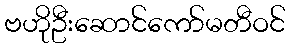
ဗဟိုဦးဆောင်ကော်မတီဝင်